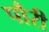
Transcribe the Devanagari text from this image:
पौरी